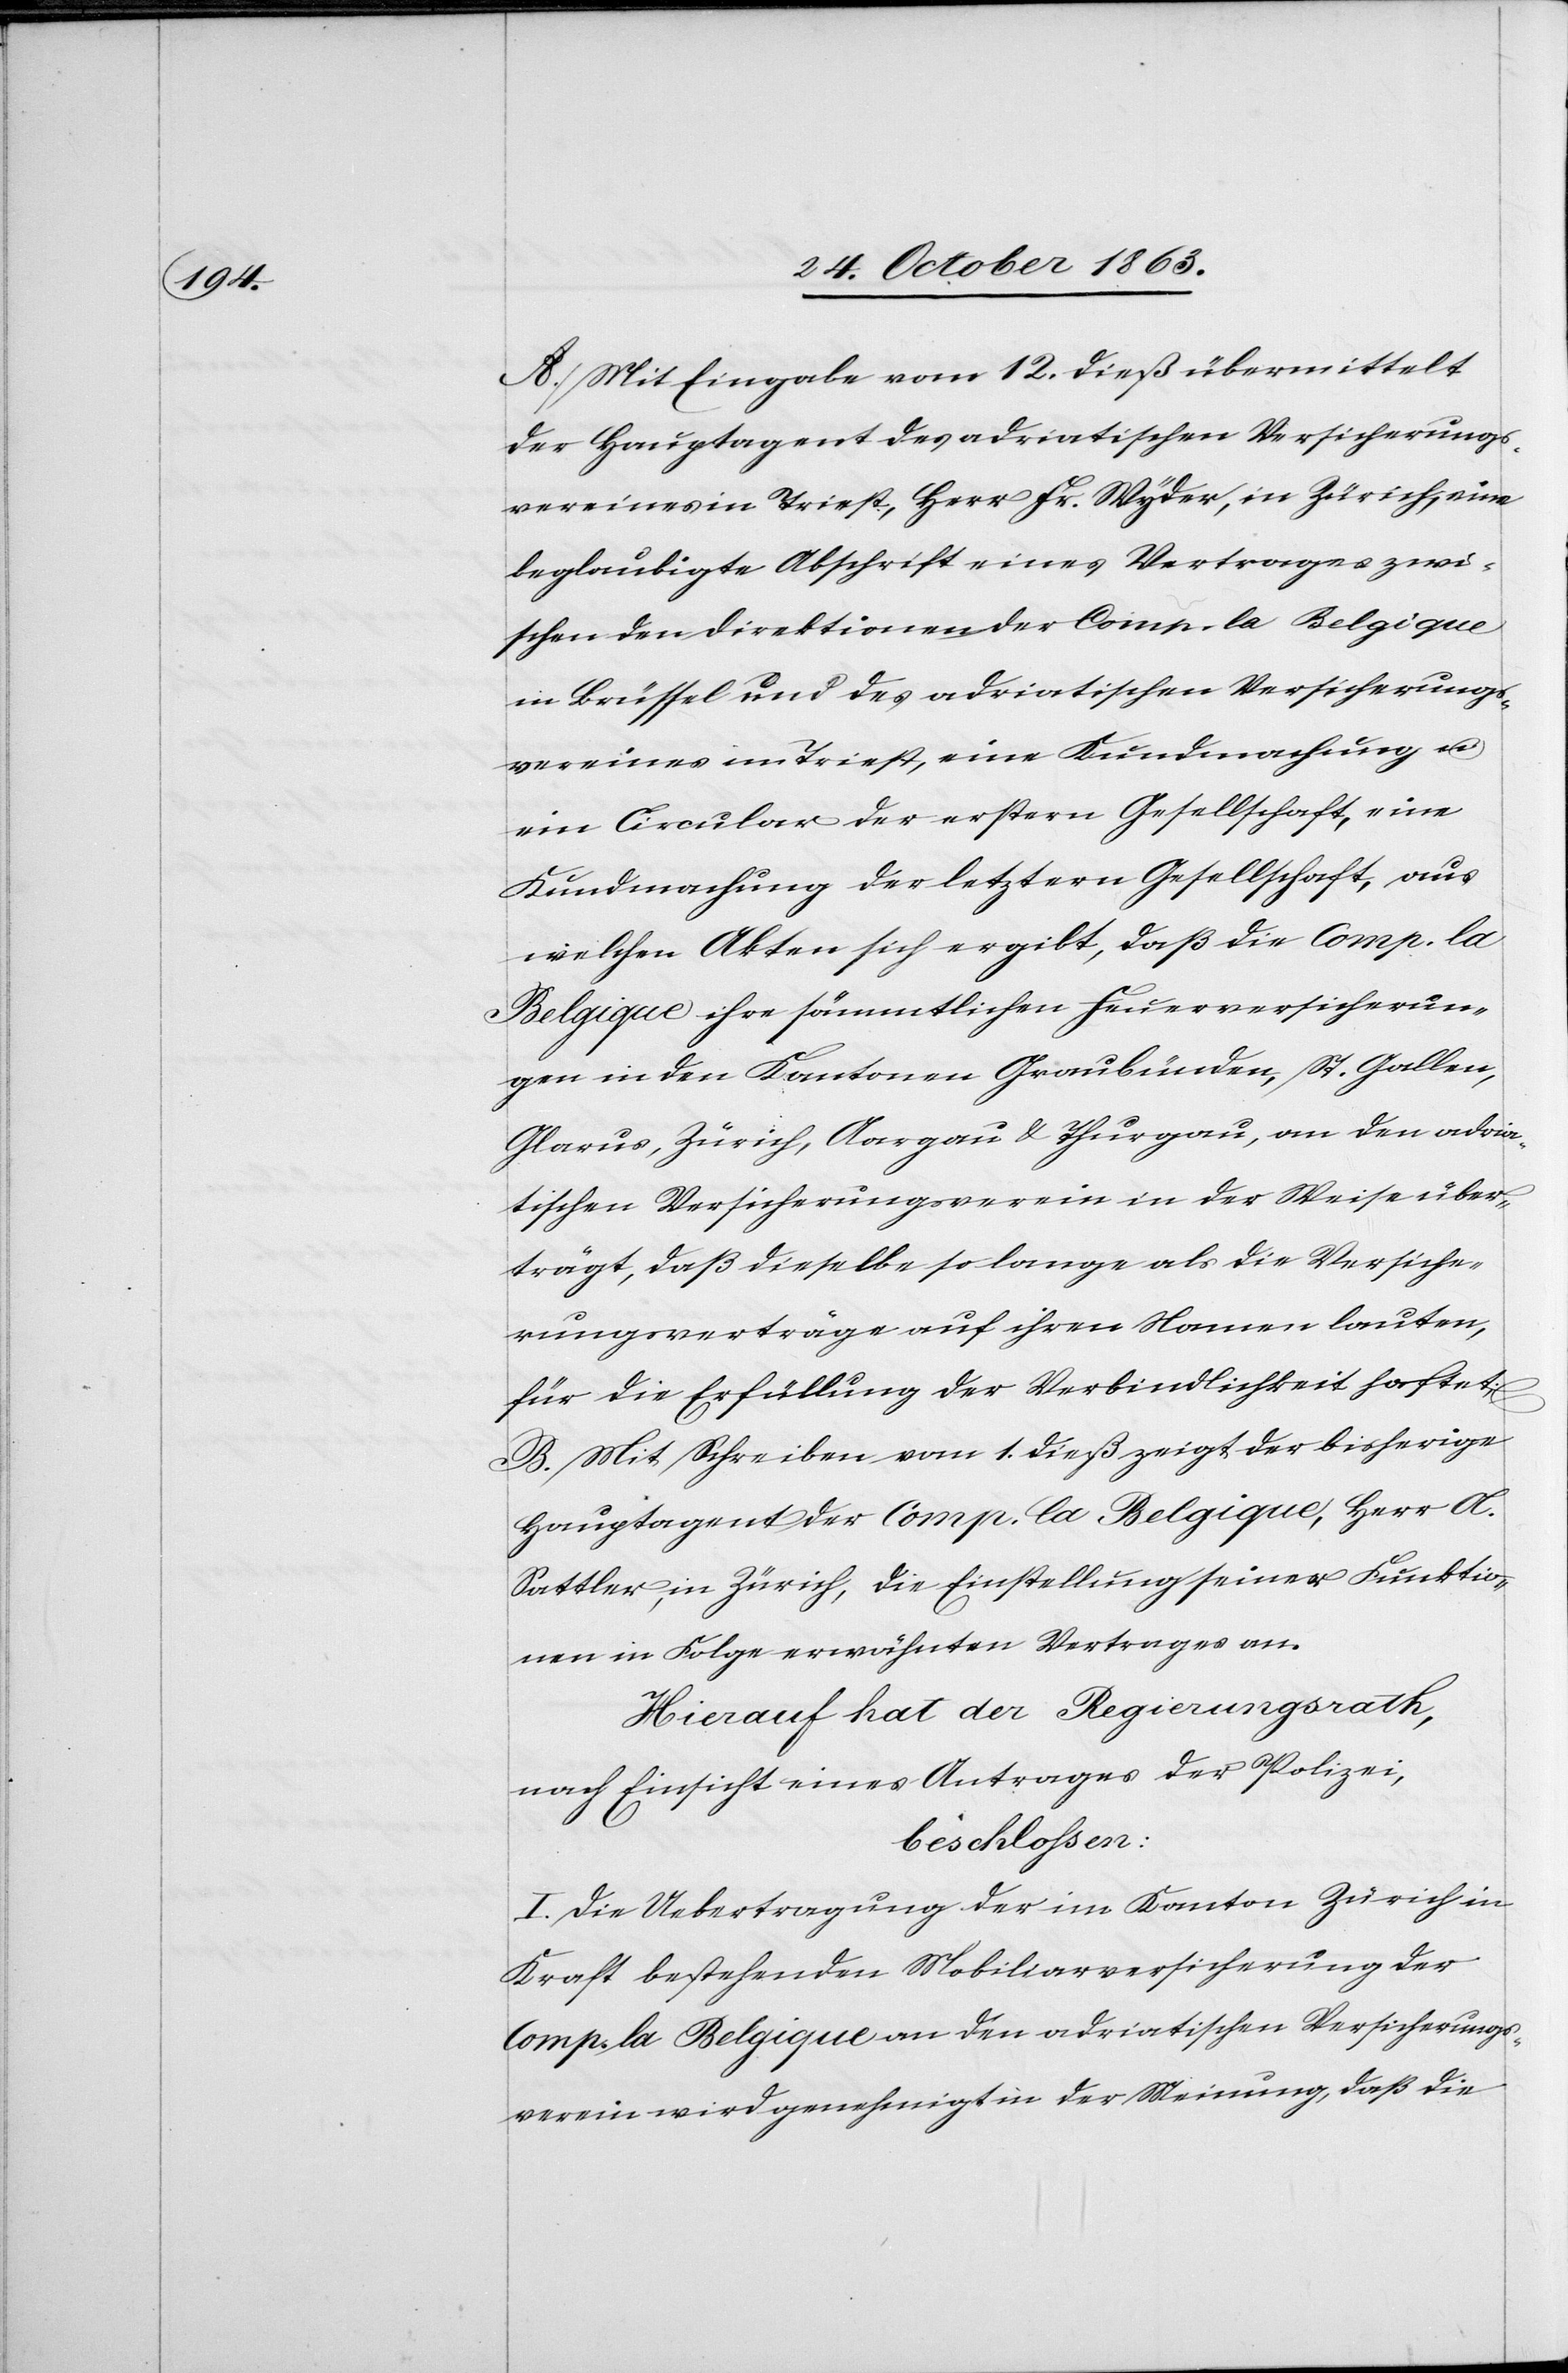
A. Mit Eingabe vom 12. dieß übermittelt
der Hauptagent des adriatischen Versicherungs¬
vereines in Triest, Herr Fr. Wyder, in Zürich, eine
beglaubigte Abschrift eines Vertrages zwi¬
schen den Direktionen der Comp. la Belgique
in Brüssel und des adriatischen Versicherungs¬
vereines im Triest, eine Kundmachung u.
ein Circular der erstern Gesellschaft, eine
Kundmachung der letztern Gesellschaft, aus
welchen Akten sich ergibt, daß die Comp. la
Belgique ihre sämmtlichen Feuerversicherun¬
gen in den Kantonen Graubünden, St. Gallen,
Glarus, Zürich, Aargau & Thurgau, an den adria¬
tischen Versicherungsvereinen in der Weise über¬
trägt, daß dieselbe so lange als die Versiche¬
rungsverträge auf ihren Namen lauten,
für die Erfüllung der Verbindlichkeit haftet;
B. Mit Schreiben vom 1. dieß zeigt der bisherige
Hauptagent der Comp. la Belgique, Herr A.
Sattler, in Zürich, die Einstellung seiner Funktio¬
nen in Folge erwähnten Vertrages an.
Hierauf hat der Regierungsrath,
nach Einsicht eines Antrages der Polizei,
beschlossen:
I. Die Uebertragung der im Kanton Zürich in
Kraft bestehenden Mobiliarversicherung der
Comp. la Belgique an den adriatischen Versicherungs¬
verein wird genehmigt in der Meinung, daß die